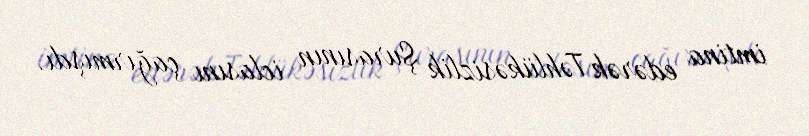
imtina edərək Təhlükəsizlik Şurasının iclasını çağırmışdı.